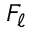
F _ { \ell }